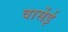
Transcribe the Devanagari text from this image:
वार्सेई